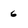
Character: 6